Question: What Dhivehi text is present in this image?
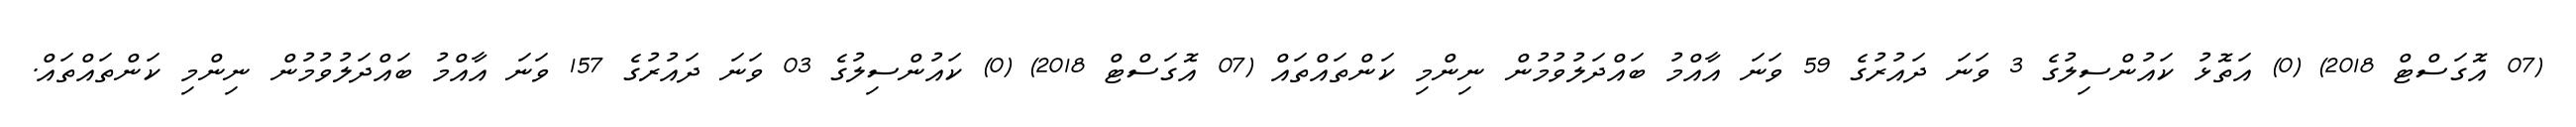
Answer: (07 އޮގަސްޓް 2018) (0) އަތޮޅު ކައުންސިލުގެ 3 ވަނަ ދައުރުގެ 59 ވަނަ އާއްމު ބައްދަލުވުމުން ނިންމި ކަންތައްތައް (07 އޮގަސްޓް 2018) (0) ކައުންސިލުގެ 03 ވަނަ ދައުރުގެ 157 ވަނަ އާއްމު ބައްދަލުވުމުން ނިންމި ކަންތައްތައް.